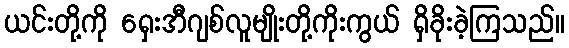
ယင်းတို့ကို ရှေးအီဂျစ်လူမျိုးတို့ကိုးကွယ် ရှိခိုးခဲ့ကြသည်။